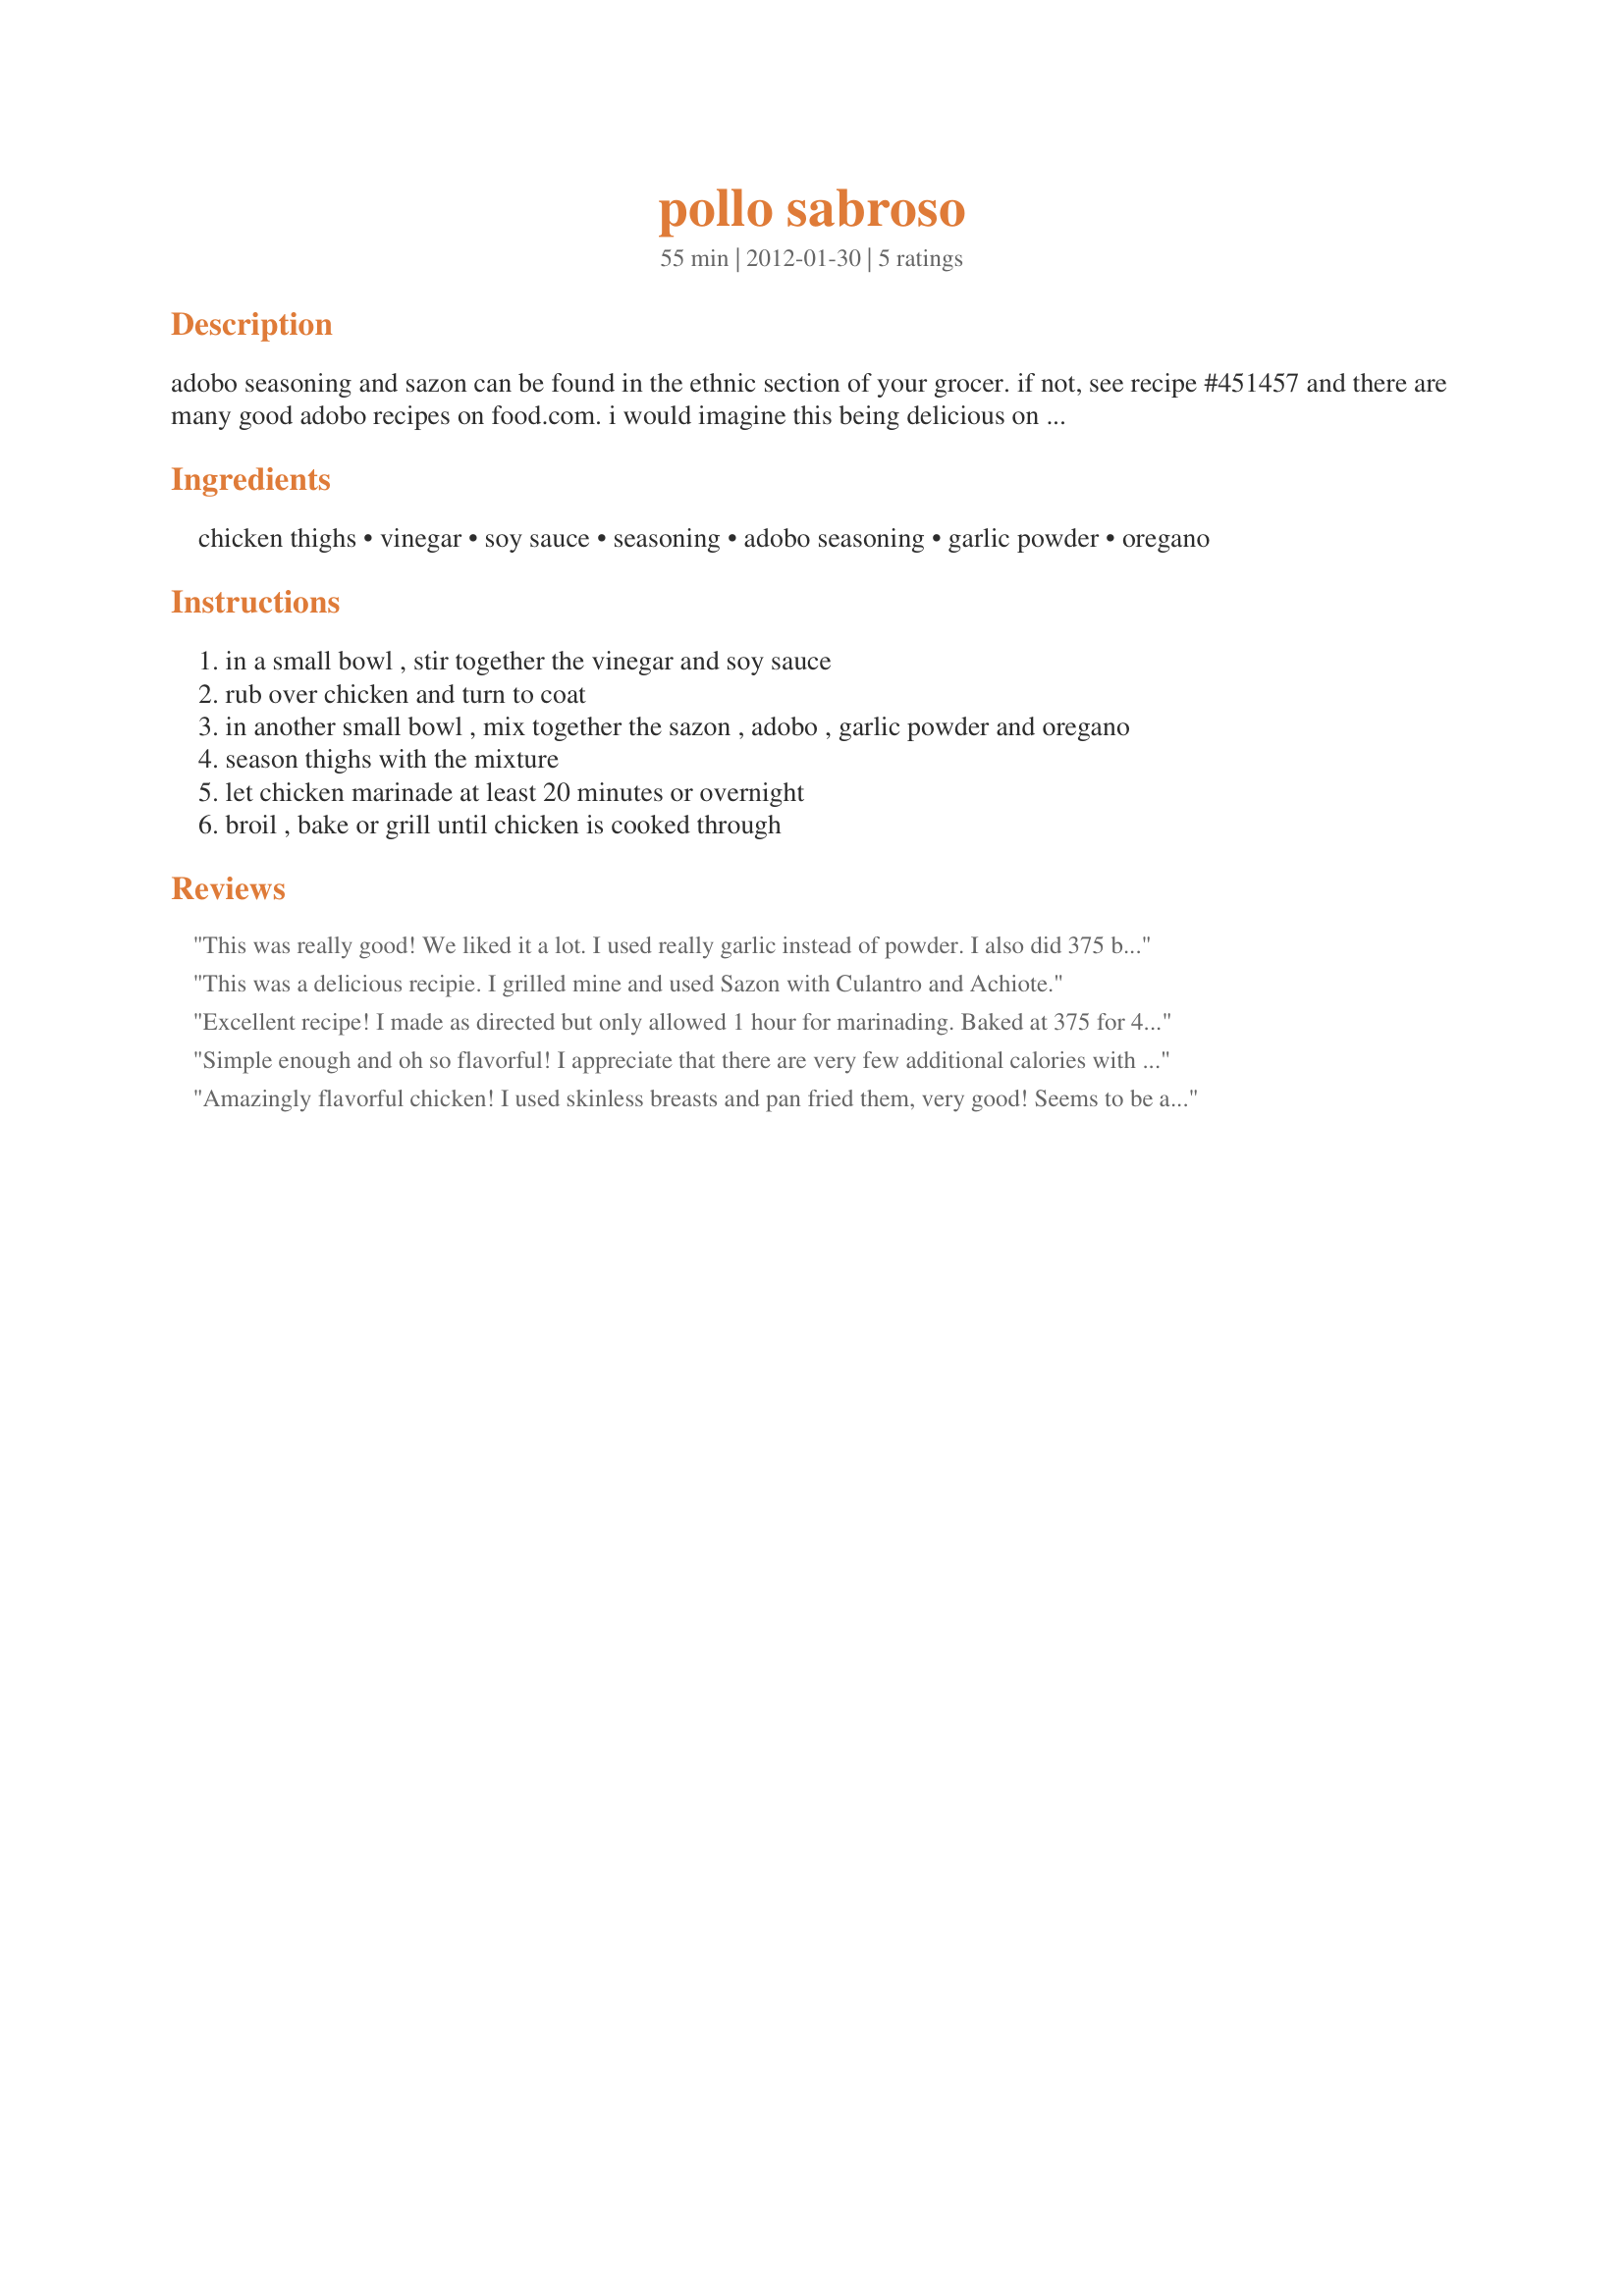
pollo sabroso
Preparation time: 55 minutes

adobo seasoning and sazon can be found in the ethnic section of your grocer. if not, see recipe #451457 and there are many good adobo recipes on food.com. i would imagine this being delicious on pork chops, too. these are 4 weight watcher points. recipe from skinny taste blog. note: 1. the packaged sazon and adobo contains salt. should you make your own blends, remember to season with salt to taste. 2. if using packaged sazon, any flavor will do, even the tomato blend.

Ingredients:
chicken thighs, vinegar, soy sauce, seasoning, adobo seasoning, garlic powder, oregano

Steps:
in a small bowl , stir together the vinegar and soy sauce
rub over chicken and turn to coat
in another small bowl , mix together the sazon , adobo , garlic powder and oregano
season thighs with the mixture
let chicken marinade at least 20 minutes or overnight
broil , bake or grill until chicken is cooked through

Reviews:
This was really good! We liked it a lot. I used really garlic instead of powder. I also did 375 but for 50 min. I will be making this again! I usually don&#039;t like baked chicken but I was very impressed with this. Next time, I will have my husband grill it!
This was a delicious recipie. I grilled mine and used Sazon with Culantro and Achiote.
Excellent recipe! I made as directed but only allowed 1 hour for marinading. Baked at 375 for 45 minutes and had a great dinner. Will do this for sure again and again. Made for ZWT8 The Wild Bunch.
Simple enough and oh so flavorful! I appreciate that there are very few additional calories with so much additional flavor! I used recipe#451457 to replicate the Sazon and recipe#424551 for the adobo. It was pouring buckets, so my original plan to grill the legs (what I had on hand) was dashed, but popping them into the oven for 45 minutes at 350 did the trick. I had a couple left, and hid them in the back of the fridge - gotta figure out what to make with that 'pulled' chicken! Thanks for sharing another winner, GailAnn!
Amazingly flavorful chicken! I used skinless breasts and pan fried them, very good! Seems to be a fool proof recipe, turns out great which ever way.
